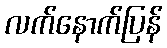
လက်နောက်ပြန်